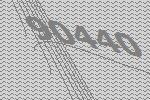
90440